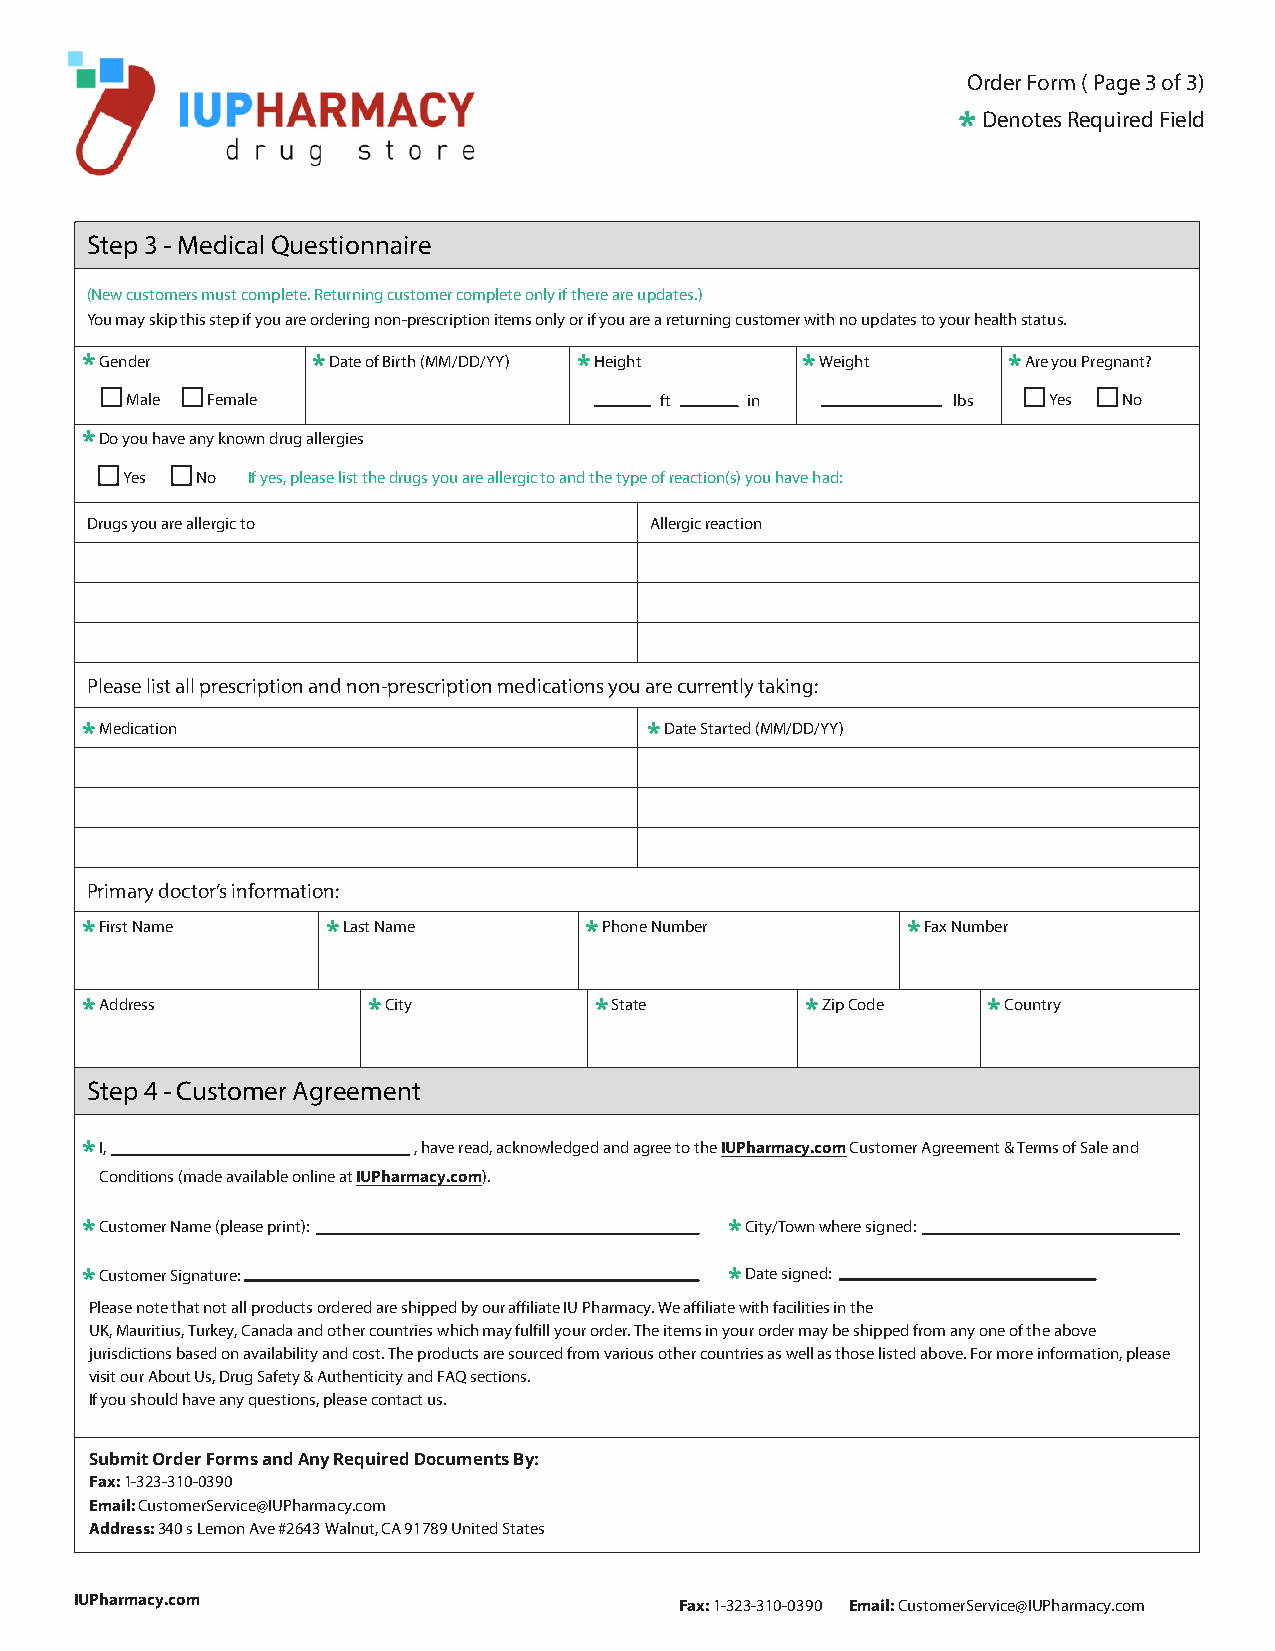
Order Form ( Page 3 of 3)
 *Denotes Required Field
 Step 3 - Medical Questionnaire
 (New customers must complete. Returning customer complete only if there are updates.)
 You may skip this step if you are ordering non-prescription items only or if you are a returning customer with no updates to your health status.
 *Gender         *Date of Birth (MM/DD/YY) *Height *Weight     *Are you Pregnant?
 Male  Female                        ft   in            lbs   Yes  No
 *Do you have any known drug allergies
 Yes  No If yes, please list the drugs you are allergic to and the type of reaction(s) you have had:
 Drugs you are allergic to            Allergic reaction
 Please list all prescription and non-prescription medications you are currently taking:
 *Medication                           *Date Started (MM/DD/YY)
 Primary doctor’s information:
 *First Name      *Last Name       *Phone Number        *Fax Number
 *Address           *City          *State        *Zip Code   *Country
 Step 4 - Customer Agreement
 *I,                   , have read, acknowledged and agree to the IUPharmacy.com Customer Agreement & Terms of Sale and
 Conditions (made available online at IUPharmacy.com).
 *Customer Name (please print):             *City/Town where signed:
 *Customer Signature:                       *Date signed:
 Please note that not all products ordered are shipped by our affiliate IU Pharmacy. We affiliate with facilities in the
 UK, Mauritius, Turkey, Canada and other countries which may fulfill your order. The items in your order may be shipped from any one of the above
 jurisdictions based on availability and cost. The products are sourced from various other countries as well as those listed above. For more information, please
 visit our About Us, Drug Safety & Authenticity and FAQ sections.
 If you should have any questions, please contact us.
 Submit Order Forms and Any Required Documents By:
 Fax: 1-323-310-0390
 Email: CustomerService@IUPharmacy.com
 Address: 340 s Lemon Ave #2643 Walnut, CA 91789 United States
 IUPharmacy.com                          Fax: 1-323-310-0390 E m ail: CustomerService@IUPharmacy.com